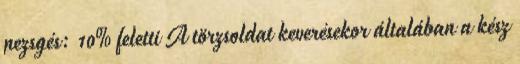
pezsgés: 10% feletti A törzsoldat keverésekor általában a kész